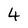
Character: 4